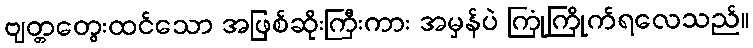
ဗျတ္တတွေးထင်သော အဖြစ်ဆိုးကြီးကား အမှန်ပဲ ကြုံကြိုက်ရလေသည်။